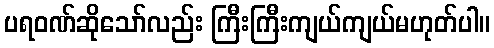
ပရဝဏ်ဆိုသော်လည်း ကြီးကြီးကျယ်ကျယ်မဟုတ်ပါ။